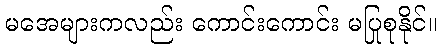
မအေများကလည်း ကောင်းကောင်း မပြုစုနိုင်။